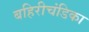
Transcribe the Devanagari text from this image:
बहिरीचंडिका